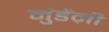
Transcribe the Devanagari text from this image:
मुंडेंऩी